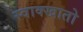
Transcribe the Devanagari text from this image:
स्वाक्खातो